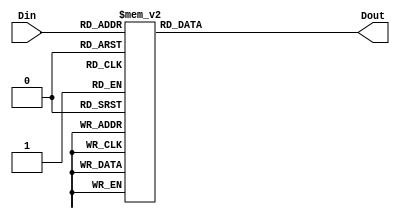
module SevenSeg (
    input [3:0] Din,
    output reg [6:0] Dout
);

    always @(*) begin
        case (Din)
            4'b0000: Dout = 7'b1000000; // 0
            4'b0001: Dout = 7'b1111001; // 1
            4'b0010: Dout = 7'b0100100; // 2
            4'b0011: Dout = 7'b0110000; // 3
            4'b0100: Dout = 7'b0011001; // 4
            4'b0101: Dout = 7'b0010010; // 5
            4'b0110: Dout = 7'b0000010; // 6
            4'b0111: Dout = 7'b1111000; // 7
            4'b1000: Dout = 7'b0000000; // 8
            4'b1001: Dout = 7'b0010000; // 9
            4'b1010: Dout = 7'b0001000; // A
            4'b1011: Dout = 7'b0000011; // b
            4'b1100: Dout = 7'b1000110; // C
            4'b1101: Dout = 7'b0100001; // d
            4'b1110: Dout = 7'b0000110; // E
            4'b1111: Dout = 7'b0001110; // F
            default: Dout = 7'b1111111; // Default to all off
        endcase
    end
endmodule